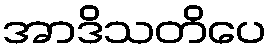
အာဒိသတိပေ